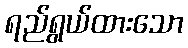
ရည်ရွယ်ထားသော